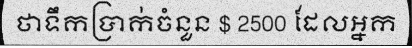
ថាទឹកប្រាក់ចំនួន $ 2500 ដែលអ្នក